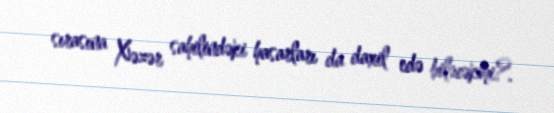
sırasına Xəzər sahilindəki hasarları da daxil edə biləcəkmi?.